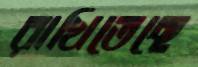
রাখিতেছে